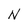
Character: N